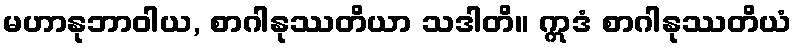
မဟာနုဘာဝါယ, စာဂါနုဿတိယာ သဒါတိ။ ဣဒံ စာဂါနုဿတိယံ